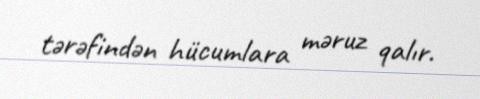
tərəfindən hücumlara məruz qalır.